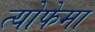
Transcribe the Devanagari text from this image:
त्योफेमा